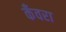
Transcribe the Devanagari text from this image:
कँवरा